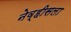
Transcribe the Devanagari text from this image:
नेव्हीसला